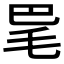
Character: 𣬷